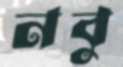
নবু